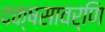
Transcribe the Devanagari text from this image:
दक्षसावर्णि